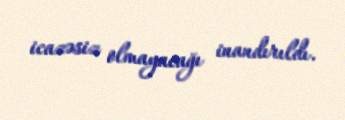
icazəsiz olmayacağı inandırıldı.